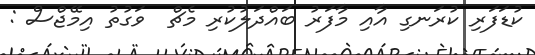
ކުޑަފަރި ކުރަނގި އާއި މާފަރު ބައްދަލުކުރި މެޗް  ވަގުތު އިމޭޖްސް :